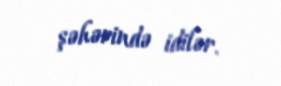
şəhərində idilər.